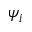
\psi _ { i }